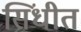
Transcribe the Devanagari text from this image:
सिंधीत